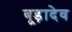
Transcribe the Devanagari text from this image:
बूड़ादेव